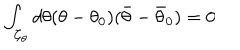
LaTeX: \int _ { { \cal C } _ { \theta } } d \theta ( \theta - \theta _ { 0 } ) ( \bar { \theta } - \bar { \theta } _ { 0 } ) = 0